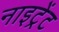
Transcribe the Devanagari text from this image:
नाइट्रेंट